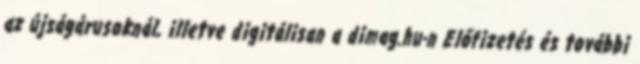
az újságárusoknál, illetve digitálisan a dimag.hu-n Előfizetés és további